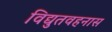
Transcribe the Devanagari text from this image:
विद्युतवहनास